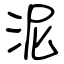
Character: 泥